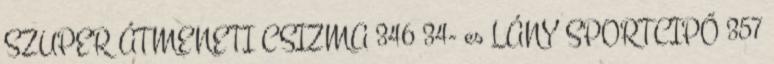
SZUPER ÁTMENETI CSIZMA 346 34- es LÁNY SPORTCIPŐ 357